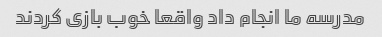
مدرسه ما انجام داد واقعا خوب بازی کردند